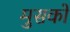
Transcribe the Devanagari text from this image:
मुसकों